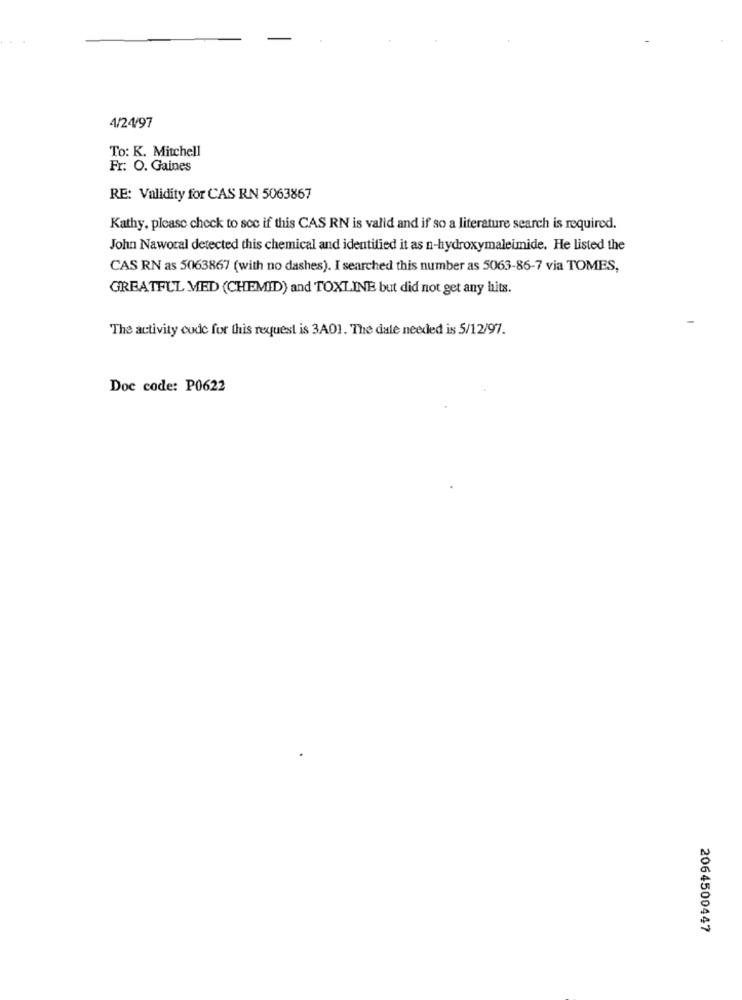
4/24/97
To: K. Mitchell
Fr. O. Gaines
RE: Validity for CAS RN 5063867
Kathy, please check to see if this CAS RN is valid and if so a literature search is required.
John Naworal detected this chemical and identified it as n-hydroxymaleimide. He listed the
CAS RN as 5063867 (with no dashes). I searched this number as 5063-86-7 via TOMES,
GREATFUL MED (CHEMID) and TOXLINE but did not get any hits.
The activity code for this request is 3A01. The date needed is 5/12/97.
Doc code: P0622
2064500447